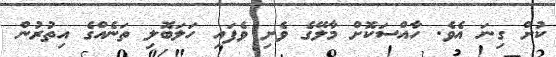
ކުށް ގިނަ އެވެ. ހާއްސަކޮށް މާލޭގެ ވެށި ވެފައި ހަލަބޮލި ތަނެއްގެ އިތުރުން